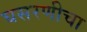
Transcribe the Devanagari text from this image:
घसरणीचा